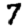
Digit: 7